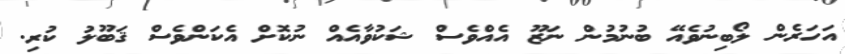
އަހަރެން ލޯބިނުވެއޭ ބުނުމުން ނަޒޫ އެއްވެސް ޝަކުވާއެއް ނުކޮށް އެކަންވެސް ޤަބޫލު ކުރި.